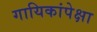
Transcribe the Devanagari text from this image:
गायिकांपेक्षा